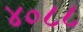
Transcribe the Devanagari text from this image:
४०८८